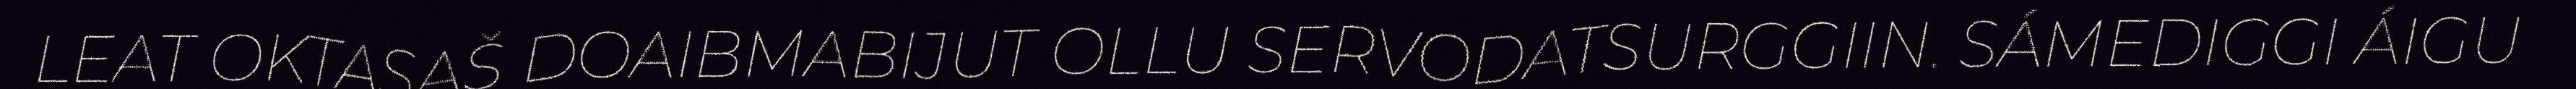
LEAT OKTASAŠ DOAIBMABIJUT OLLU SERVODATSURGGIIN. SÁMEDIGGI ÁIGU